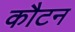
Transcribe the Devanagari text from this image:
कौटन